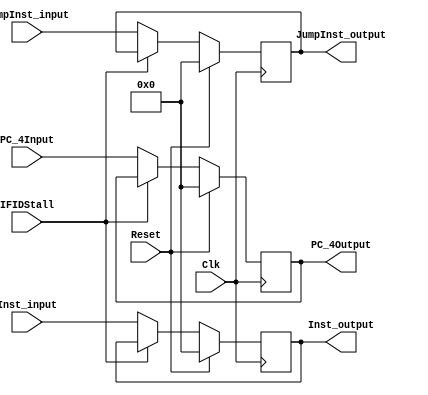
`timescale 1ns / 1ps
//////////////////////////////////////////////////////////////////////////////////
// Company: 
// Engineer: 
// 
// Design Name: 
// Module Name: RegIF_ID
// Project Name: 
// Target Devices: 
// Tool Versions: 
// Description: 
// 
// Dependencies: 
// 
// Revision:
// Revision 0.01 - File Created
// Additional Comments:
// 
//////////////////////////////////////////////////////////////////////////////////


module RegIF_ID (
    Clk,
    Reset,
    PC_4Input,
    PC_4Output,
    Inst_input,
    Inst_output,
    JumpInst_input,
    JumpInst_output,
    IFIDStall
);
  input Clk, Reset, IFIDStall;
  input [31:0] PC_4Input, Inst_input, JumpInst_input;
  output reg [31:0] PC_4Output, Inst_output, JumpInst_output;

  always @(posedge Clk) begin
    if (Reset) begin
      PC_4Output <= 32'd0;
      Inst_output <= 32'd0;
      JumpInst_output <= 32'd0;
    end else if (IFIDStall == 1) begin
      PC_4Output <= PC_4Output;
      Inst_output <= Inst_output;
      JumpInst_output <= JumpInst_output;
    end else begin
      PC_4Output <= PC_4Input;
      Inst_output <= Inst_input;
      JumpInst_output <= JumpInst_input;
    end
  end
endmodule